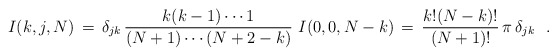
\begin{align*}I(k,j,N)\,=\, \delta_{jk}\,\frac{k(k-1)\cdots 1}{(N+1)\cdots (N+2-k)}\ I(0,0,N-k) \,=\, \frac{k!(N-k)!}{(N+1)!}\, \pi\, \delta_{jk}\ \ .\end{align*}